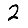
Digit: 2